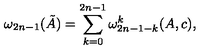
\omega _ { 2 n - 1 } ( \tilde { A } ) = \sum _ { k = 0 } ^ { 2 n - 1 } \omega _ { 2 n - 1 - k } ^ { k } ( A , c ) ,